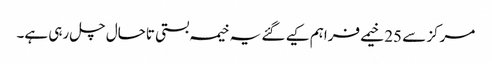
مرکز سے 25 خیمے فراہم کیے گئے یہ خیمہ بستی تاحال چل رہی ہے۔